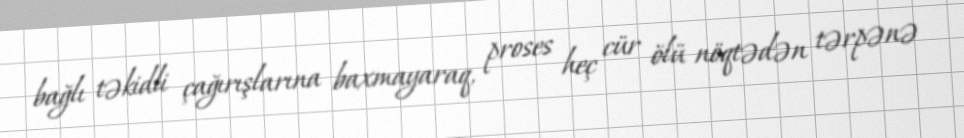
bağlı təkidli çağırışlarına baxmayaraq, proses heç cür ölü nöqtədən tərpənə